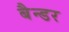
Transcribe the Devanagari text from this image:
बैन्डर